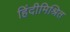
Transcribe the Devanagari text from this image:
हिंदीमिश्रित